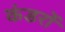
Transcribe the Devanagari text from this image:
कंडरों